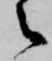
之